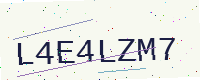
Text: L4E4LZM7